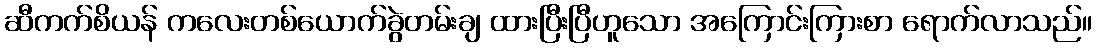
ဆီကက်စိယန် ကလေးတစ်ယောက်ခွဲတမ်းချ ထားပြီးပြီဟူသော အကြောင်းကြားစာ ရောက်လာသည်။